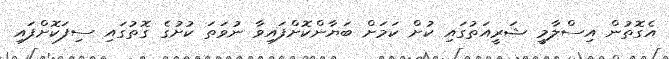
އެގޮތުން އިސްލާމީ ޝަރީއަތުގައި ކުށް ކަމަށް ބަޔާންކޮށްފައިވާ ނުވަތަ ކުށުގެ ގޮތުގައި ސިފަކޮށްފައި